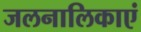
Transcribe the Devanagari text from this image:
जलनालिकाएं